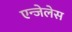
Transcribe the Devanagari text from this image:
एन्जेलेस